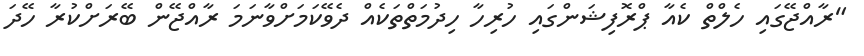
"ރާއްޖޭގައި ހެލްތް ކެއާ ޕްރޮފިޝަންގައި ހުރިހާ ހިދުމަތްތަކެއް ދެވޭކަމަށްވާނަމަ ރާއްޖޭން ބޭރަށްކުރާ ހޭދަ